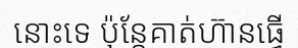
នោះទេ ប៉ុន្តែគាត់ហ៊ានធ្វើ